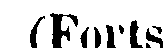
(Forts.)